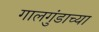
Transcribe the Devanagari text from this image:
गालगुंडाच्या